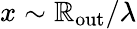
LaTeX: x\sim\mathbb{R}_{\mathrm{{out}}}/\lambda